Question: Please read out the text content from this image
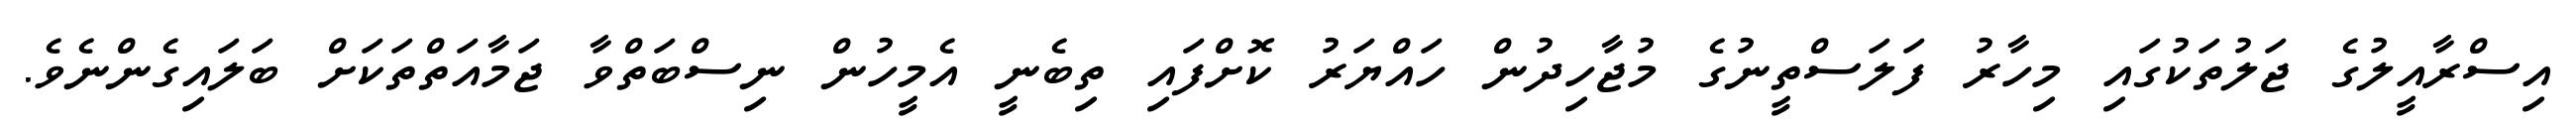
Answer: އިސްރާއީލުގެ ޖަލުތަކުގައި މިހާރު ފަލަސްތީނުގެ މުޖާހިދުން ހައްޔަރު ކޮށްފައި ތިބެނީ އެމީހުން ނިސްބަތްވާ ޖަމާއަތްތަކަށް ބަލައިގެންނެވެ.